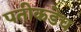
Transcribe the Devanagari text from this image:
पतीकडेच